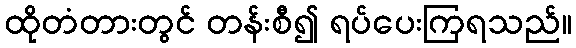
ထိုတံတားတွင် တန်းစီ၍ ရပ်ပေးကြရသည်။